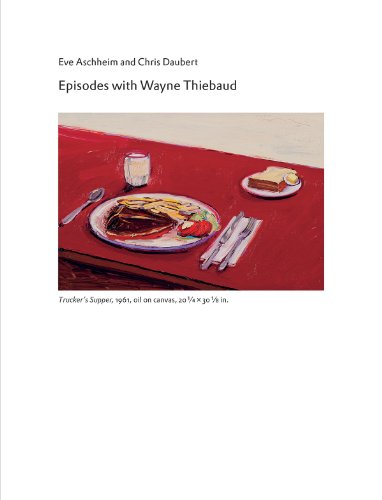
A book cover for Episodes with Wayne Thiebaud; Arts & Photography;